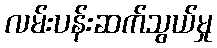
လမ်းပန်းဆက်သွယ်မှု